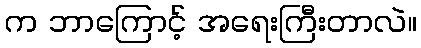
က ဘာကြောင့် အရေးကြီးတာလဲ။